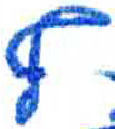
אות: ץ